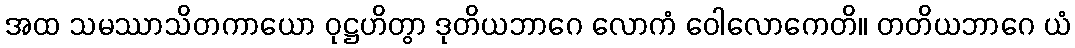
အထ သမဿာသိတကာယော ဝုဋ္ဌဟိတွာ ဒုတိယဘာဂေ လောကံ ဝေါလောကေတိ။ တတိယဘာဂေ ယံ